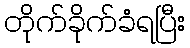
တိုက်ခိုက်ခံရပြီး